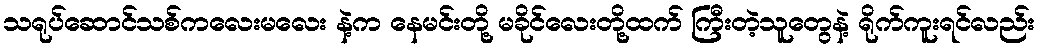
သရုပ်ဆောင်သစ်ကလေးမလေး နဲ့က နေမင်းတို့ မခိုင်လေးတို့ထက် ကြီးတဲ့သူတွေနဲ့ ရိုက်ကူးရင်လည်း